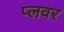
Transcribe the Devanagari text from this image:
प्लवर